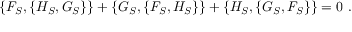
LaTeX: \{ F _ { S } , \{ H _ { S } , G _ { S } \} \} + \{ G _ { S } , \{ F _ { S } , H _ { S } \} \} + \{ H _ { S } , \{ G _ { S } , F _ { S } \} \} = 0 \ .